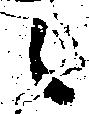
々